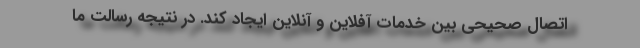
اتصال صحیحی بین خدمات آفلاین و آنلاین ایجاد کند. در نتیجه رسالت ما